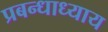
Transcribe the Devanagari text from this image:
प्रबन्धाध्याय